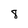
Character: 8